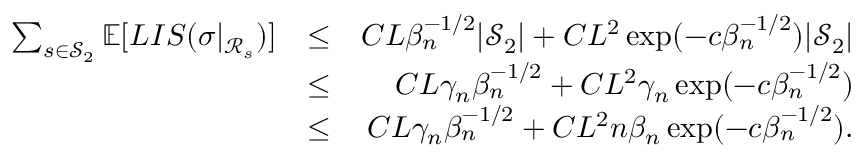
\begin{array} { r l r } { \sum _ { s \in \mathcal { S } _ { 2 } } \mathbb { E } [ L I S ( \sigma | _ { \mathcal { R } _ { s } } ) ] } & { \leq } & { C L \beta _ { n } ^ { - 1 \slash 2 } | \mathcal { S } _ { 2 } | + C L ^ { 2 } \exp ( - c \beta _ { n } ^ { - 1 \slash 2 } ) | \mathcal { S } _ { 2 } | } \\ & { \leq } & { C L \gamma _ { n } \beta _ { n } ^ { - 1 \slash 2 } + C L ^ { 2 } \gamma _ { n } \exp ( - c \beta _ { n } ^ { - 1 \slash 2 } ) } \\ & { \leq } & { C L \gamma _ { n } \beta _ { n } ^ { - 1 \slash 2 } + C L ^ { 2 } n \beta _ { n } \exp ( - c \beta _ { n } ^ { - 1 \slash 2 } ) . } \end{array}